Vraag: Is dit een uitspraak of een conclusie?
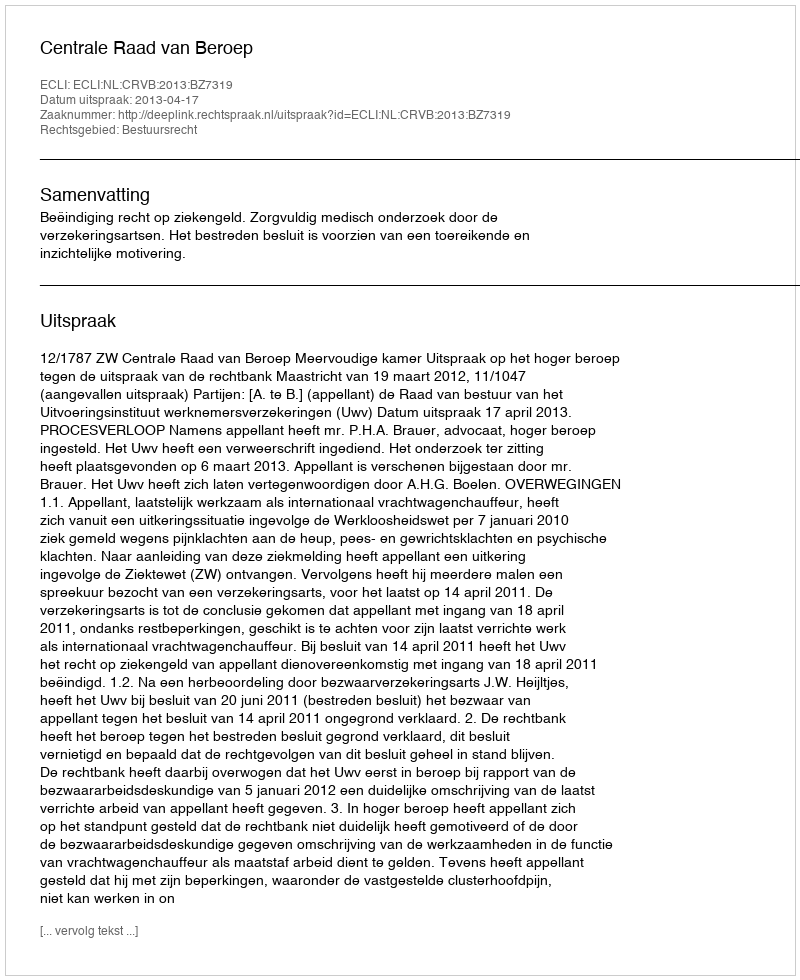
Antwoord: Uitspraak